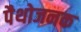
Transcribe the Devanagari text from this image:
पैथोजनक